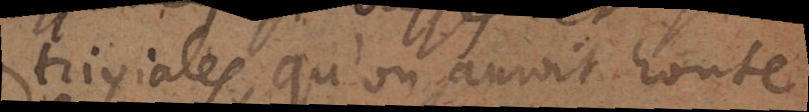
triviales, qu’on aurait honte